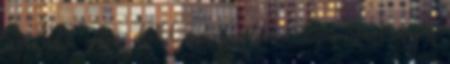
Szereted? nekem d3100-as, imádom : régen írtam még a